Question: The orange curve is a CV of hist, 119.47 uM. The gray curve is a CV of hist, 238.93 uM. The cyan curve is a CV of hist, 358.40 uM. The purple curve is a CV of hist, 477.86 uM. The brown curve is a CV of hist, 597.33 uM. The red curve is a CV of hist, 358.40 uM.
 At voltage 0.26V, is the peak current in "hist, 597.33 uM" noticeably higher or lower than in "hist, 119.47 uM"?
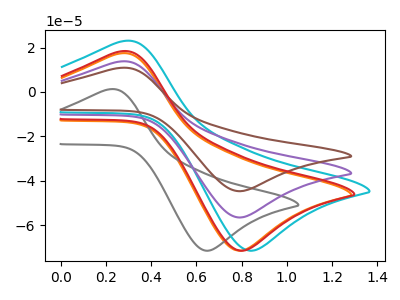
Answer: <think>The orange curve "hist, 119.47 uM" has an anodic peak at (0.25V, 17.30uA) and a cathodic peak at (0.80V, -71.55uA). The gray curve "hist, 238.93 uM" has an anodic peak at (0.20V, 1.15uA) and a cathodic peak at (0.65V, -71.55uA). The cyan curve "hist, 358.40 uM" has an anodic peak at (0.30V, 22.90uA) and a cathodic peak at (0.85V, -71.55uA). The purple curve "hist, 477.86 uM" has an anodic peak at (0.25V, 13.70uA) and a cathodic peak at (0.80V, -56.55uA). The brown curve "hist, 597.33 uM" has an anodic peak at (0.25V, 27.35uA) and a cathodic peak at (0.80V, -113.10uA). The red curve "hist, 358.40 uM" has an anodic peak at (0.25V, 18.25uA) and a cathodic peak at (0.80V, -71.55uA).</think>
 <answer>The peak at 0.26V is higher in "hist, 597.33 uM" than in "hist, 119.47 uM".</answer>
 <eval>higher</eval>